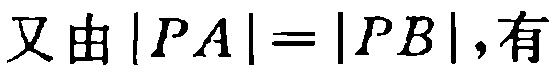
又由\(|PA| = |PB|\)，有